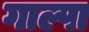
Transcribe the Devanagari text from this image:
गाल्पा